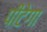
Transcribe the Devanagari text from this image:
पीटेगा